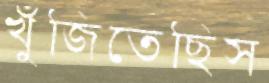
খুঁজিতেছিস